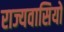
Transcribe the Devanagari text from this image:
राज्यवासियों